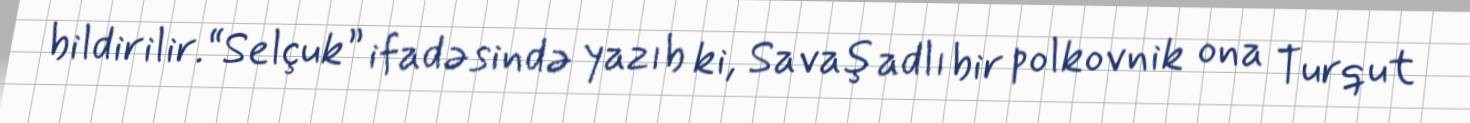
bildirilir.“Selçuk” ifadəsində yazıb ki, Savaş adlı bir polkovnik ona Turqut